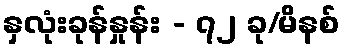
နှလုံးခုန်နှုန်း - ၇၂ ခု/မိနစ်